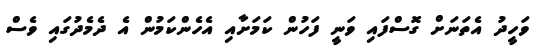
ވަހީދު އެތަނަށް ގޮސްފައި ވަނީ ފަހުން ކަމަށާއި އެހެންކަމުން އެ ދެމެދުގައި ވެސް